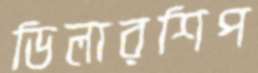
ডিলারশিপ